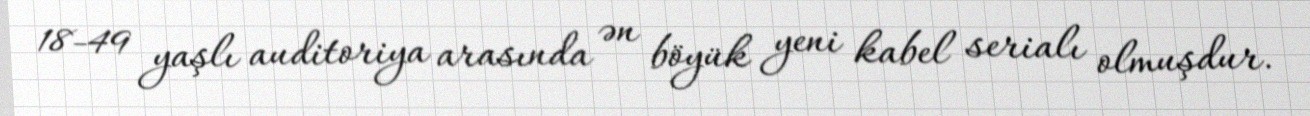
18-49 yaşlı auditoriya arasında ən böyük yeni kabel serialı olmuşdur.